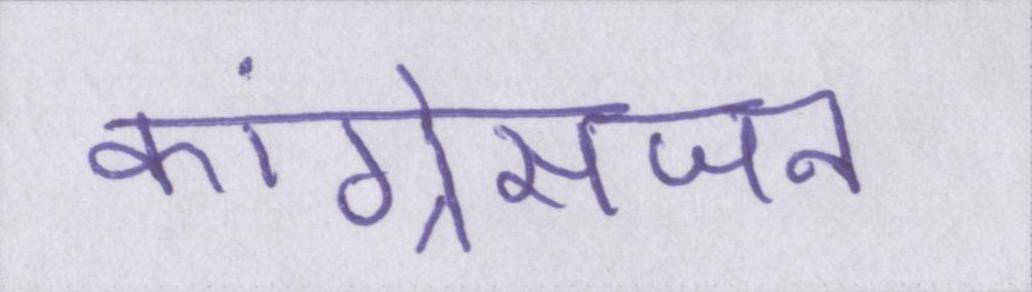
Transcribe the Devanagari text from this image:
कांग्रेसजन